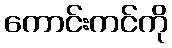
ကောင်းကင်ကို